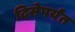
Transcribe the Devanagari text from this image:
दिसेपर्यंत